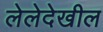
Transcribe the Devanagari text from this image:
लेलेदेखील